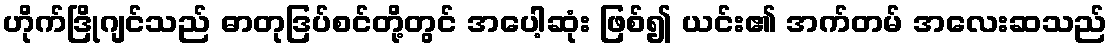
ဟိုက်ဒြိုဂျင်သည် ဓာတုဒြပ်စင်တို့တွင် အပေါ့ဆုံး ဖြစ်၍ ယင်း၏ အက်တမ် အလေးဆသည်